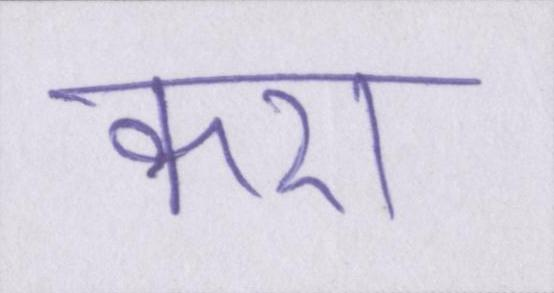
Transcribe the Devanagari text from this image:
करा